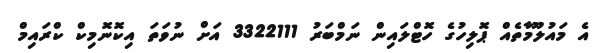
އެ މައުލޫމާތެއް ޕޮލިހުގެ ހޮޓްލައިން ނަމްބަރު 3322111 އަށް ނުވަތަ އިކޮނޮމިކް ކްރައިމް